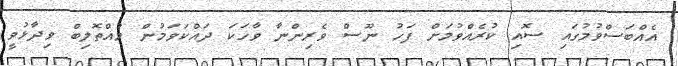
އެއްބަސްވުމުގައި ސޮއި ކުރެއްވުމަށް ފަހު ނޫސް ވެރިންނާ ވާހަކަ ދައްކަވަމުން މުއްތޮލިބް ވިދާޅުވީ